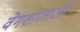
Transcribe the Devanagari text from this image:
वेगशालाओं